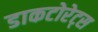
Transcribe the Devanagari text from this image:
डाकटोरेट्स